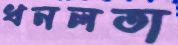
ধনলতা